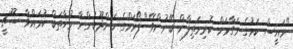
"ރައީސް ކަމުގެ މަގާމަށް ކުރިމަތިލާން ބޭނުންވޭ" ފޯރަމްގެ މަންދޫބުންނާ މުޚާތަބް ކުރައްވާ ސޫޗީ